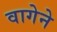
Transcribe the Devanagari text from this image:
वागेने